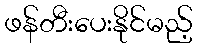
ဖန်တီးပေးနိုင်မည့်